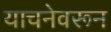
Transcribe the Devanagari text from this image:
याचनेवरून